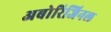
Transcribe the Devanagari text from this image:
अबोरिजिनल